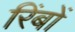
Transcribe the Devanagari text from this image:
रिंबों